Vaccination in the Punjab 1905-1918 - 1905-1918
Year: 1905
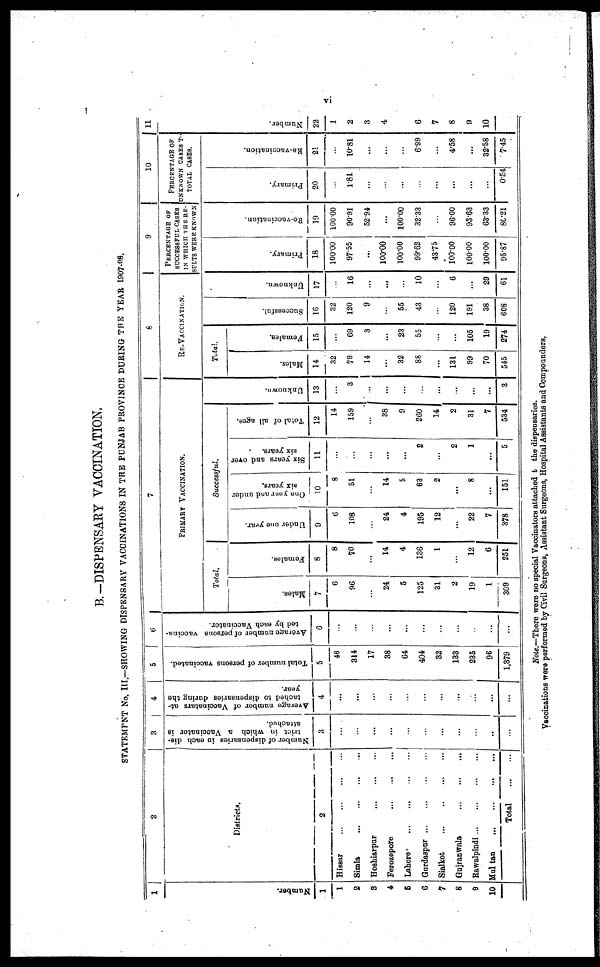
vi
B.—DISPENSARY VACCINATION.
STATEMENT No. III—SHOWING DISPENSARY VACCINATIONS IN THE PUNJAB PROVINCE DURING THE YEAR 1907-08.
1
Number.
1
1
2
3
4
5
6
7
8
9
10
2
Districts.
2
Hissar
...
...
...
...
Simla
...
...
...
...
Hoshiarpur
...
...
...
Ferozepore
...
...
...
Lahore
...
...
...
...
Gurdaspur
...
...
...
...
Sialkot
...
..
...
...
Gujranwala
...
...
...
Rawalpindi
...
...
...
...
Mul tan
...
...
...
...
Total
...
...
3
Number of dispensaries in each dis-
trict in which a Vaccinator is
attached.
3
...
...
...
...
...
...
...
...
...
..
...
4
Average number of Vaccinatars at-
tached to dispensaries daring the
year.
4
...
...
...
...
...
...
...
...
...
...
...
5
Total number of persons vaccinated.
5
46
314
17
38
64
404
32
133
235
96
1,379
6
Average number of persons vaccina-
ted by each Vaccinator.
6
...
...
...
...
...
...
...
...
...
...
...
7
PRIMARY VACCINATION.
Total.
Males.
7
6
96
...
24
5
125
31
2
19
1
309
Females.
8
8
70
...
14
4
136
1
...
12
6
251
Successful.
Under one year.
9
6
108
...
24
4
195
12
...
22
7
378
One year and under
six years.
10
8
51
...
14
5
63
2
...
8
...
151
Six years and over
six years.
11
...
...
...
...
...
2
...
2
1
...
5
Total of all ages.
12
14
159
...
38
9
260
14
2
31
7
534
Unknown.
13
...
3
...
...
...
...
...
...
...
...
3
8
RE-VACCINATION.
Total.
Males.
14
32
79
14
...
32
88
...
131
99
70
545
Females.
15
...
69
3
...
23
55
...
...
105
19
274
Successful.
16
32
120
9
...
55
43
...
120
191
38
608
Unknown.
17
...
16
...
...
...
10
...
6
...
29
61
9
PERCENTAGE OF
SUCCESSFUL CASES
IN WHICH THE RE-
SULTS WERE KNOWN
Primary.
18
100.00
97.55
...
100.00
100.00
99.62
43.75
100.00
100.00
100.00
95.87
Re-vaccination.
19
100.00
90.91
52.94
...
100.00
32.33
...
96.00
93.63
63.33
80.21
10
PERCENTAGE OF
UNKNOWN CASES TO
TOTAL CASES.
Primary.
20
...
1.81
...
...
...
...
...
...
...
...
0.54
Re-vaccination.
21
...
10.81
...
...
6.99
...
4.58
...
32.58
7.45
11
Number.
22
1
2
3
4
6
7
8
9
10
Note.—There were no special Vaccinators attached t the dispensaries.
Vaccinations were performed by Civil Surgeons, Assistant Surgeons, Hospital Assistants and Compounders,